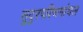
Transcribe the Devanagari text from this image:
सुदुरपश्चिमांचल